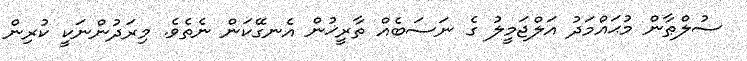
ސުލްޠާން މުޙައްމަދު އަލްޖަމީލު ގެ ނަސަބެއް ތާރީޚުން އެނގޭކަން ނެތެވެ. މިރަދުންނަކީ ކުރިން